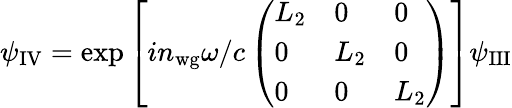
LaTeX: \psi_{\mathrm{IV}}=\exp{\left[in_{\mathrm{wg}}\omega/c\left(\begin{array}{lll}{L_{\mathrm{2}}}&{0}&{0}\\ {0}&{L_{\mathrm{2}}}&{0}\\ {0}&{0}&{L_{\mathrm{2}}}\end{array}\right)\right]}\psi_{\mathrm{III}}